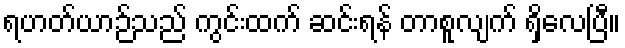
ရဟတ်ယာဉ်သည် ကွင်းထက် ဆင်းရန် တာစူလျက် ရှိလေပြီ။